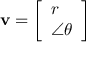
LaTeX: \mathbf { v } = \left[ { \begin{array} { l } { r } \\ { \angle \theta } \end{array} } \right]